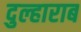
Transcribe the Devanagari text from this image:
दुल्हाराब